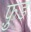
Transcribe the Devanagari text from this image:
फ़ु़ड